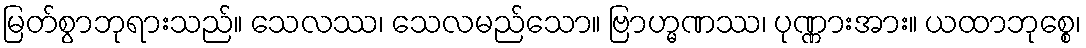
မြတ်စွာဘုရားသည်။ သေလဿ၊ သေလမည်သော။ ဗြာဟ္မဏဿ၊ ပုဏ္ဏားအား။ ယထာဘုစ္စေ၊